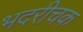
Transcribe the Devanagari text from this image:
भदरीचक